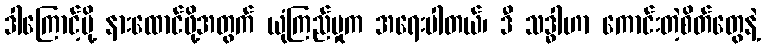
ဒါကြောင့်မို့ နားထောင်ဖို့အတွက် ယုံကြည်မှုက အရေးပါတယ်၊ ဒီ သဒ္ဓါဟာ ကောင်းတဲ့စိတ်တွေနဲ့